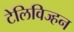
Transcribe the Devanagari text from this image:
टेलिविज्हन